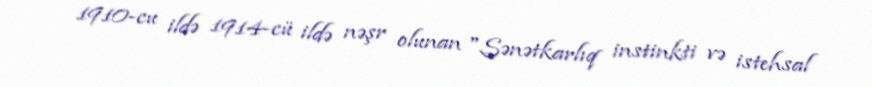
1910-cu ildə 1914-cü ildə nəşr olunan "Sənətkarlıq instinkti və istehsal